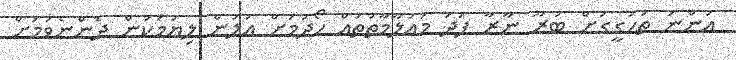
އަންނަ ތަހުގީގަށް ބުރޫ ނާރާ ފަދަ މައުލޫމާތުތައް ހޯދުމަށް އަލުން ލިޔުމަކުން ދެންނެވުމަށް